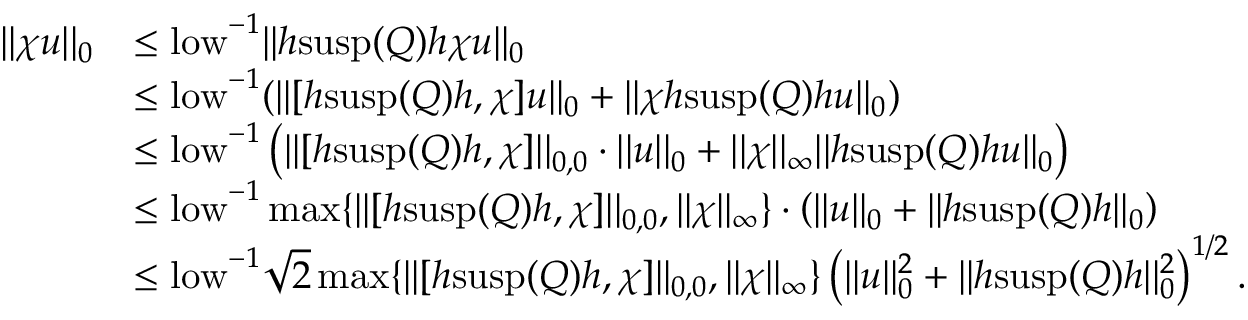
\begin{array} { r l } { | | \chi u | | _ { 0 } } & { \leq \mathrm { l o w } ^ { - 1 } | | h \mathrm { s u s p } ( Q ) h \chi u | | _ { 0 } } \\ & { \leq \mathrm { l o w } ^ { - 1 } ( | | [ h \mathrm { s u s p } ( Q ) h , \chi ] u | | _ { 0 } + | | \chi h \mathrm { s u s p } ( Q ) h u | | _ { 0 } ) } \\ & { \leq \mathrm { l o w } ^ { - 1 } \left( | | [ h \mathrm { s u s p } ( Q ) h , \chi ] | | _ { 0 , 0 } \cdot | | u | | _ { 0 } + | | \chi | | _ { \infty } | | h \mathrm { s u s p } ( Q ) h u | | _ { 0 } \right) } \\ & { \leq \mathrm { l o w } ^ { - 1 } \operatorname* { m a x } \{ | | [ h \mathrm { s u s p } ( Q ) h , \chi ] | | _ { 0 , 0 } , | | \chi | | _ { \infty } \} \cdot \left( | | u | | _ { 0 } + | | h \mathrm { s u s p } ( Q ) h | | _ { 0 } \right) } \\ & { \leq \mathrm { l o w } ^ { - 1 } \sqrt { 2 } \operatorname* { m a x } \{ | | [ h \mathrm { s u s p } ( Q ) h , \chi ] | | _ { 0 , 0 } , | | \chi | | _ { \infty } \} \left( | | u | | _ { 0 } ^ { 2 } + | | h \mathrm { s u s p } ( Q ) h | | _ { 0 } ^ { 2 } \right) ^ { 1 / 2 } . } \end{array}